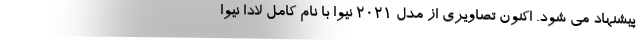
پیشنهاد می شود. اکنون تصاویری از مدل 2021 نیوا با نام کامل لادا نیوا